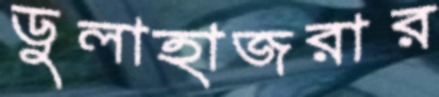
ডুলাহাজরার